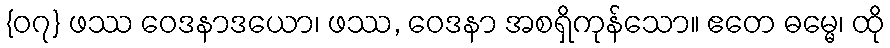
{၀၇} ဖဿ ဝေဒနာဒယော၊ ဖဿ, ဝေဒနာ အစရှိကုန်သော။ ဧတေ ဓမ္မေ၊ ထို